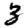
Digit: 3